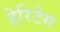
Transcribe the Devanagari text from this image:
हेरिटेग